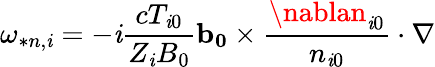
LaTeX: \omega_{*n,\mathit{i}}=-\mathit{i}\frac{{cT_{\mathit{i}0}}}{{Z_{\mathit{i}}B_{0}}}\mathbf{{b_{0}}}\times\frac{{\nablan_{\mathit{i}0}}}{{n_{\mathit{i}0}}}\cdot\nabla